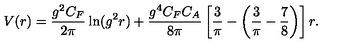
V ( r ) = \frac { g ^ { 2 } C _ { F } } { 2 \pi } \ln ( g ^ { 2 } r ) + \frac { g ^ { 4 } C _ { F } C _ { A } } { 8 \pi } \left[ { \frac { 3 } { \pi } } - \left( { \frac { 3 } { \pi } } - { \frac { 7 } { 8 } } \right) \right] r .